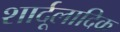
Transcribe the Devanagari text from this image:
शार्दूलादिक